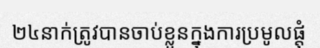
២៤នាក់ត្រូវបានចាប់ខ្លួនក្នុងការប្រមូលផ្តុំ